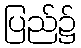
ပြည်၌